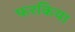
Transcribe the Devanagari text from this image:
फरकिया